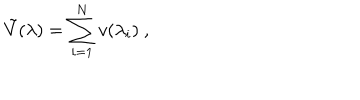
LaTeX: \tilde { V } ( \lambda ) = \sum _ { i = 1 } ^ { N } v ( \lambda _ { i } ) ~ ,